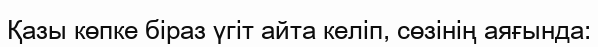
Қазы көпке біраз үгіт айта келіп, сөзінің аяғында: